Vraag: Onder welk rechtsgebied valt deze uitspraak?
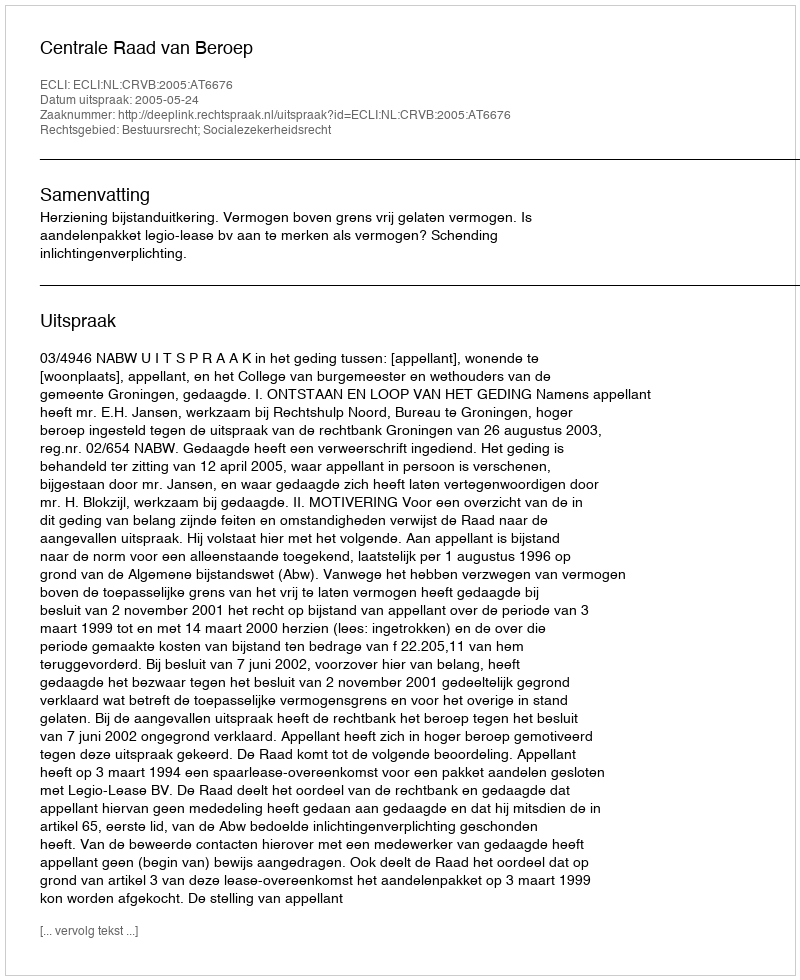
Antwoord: Bestuursrecht; Socialezekerheidsrecht